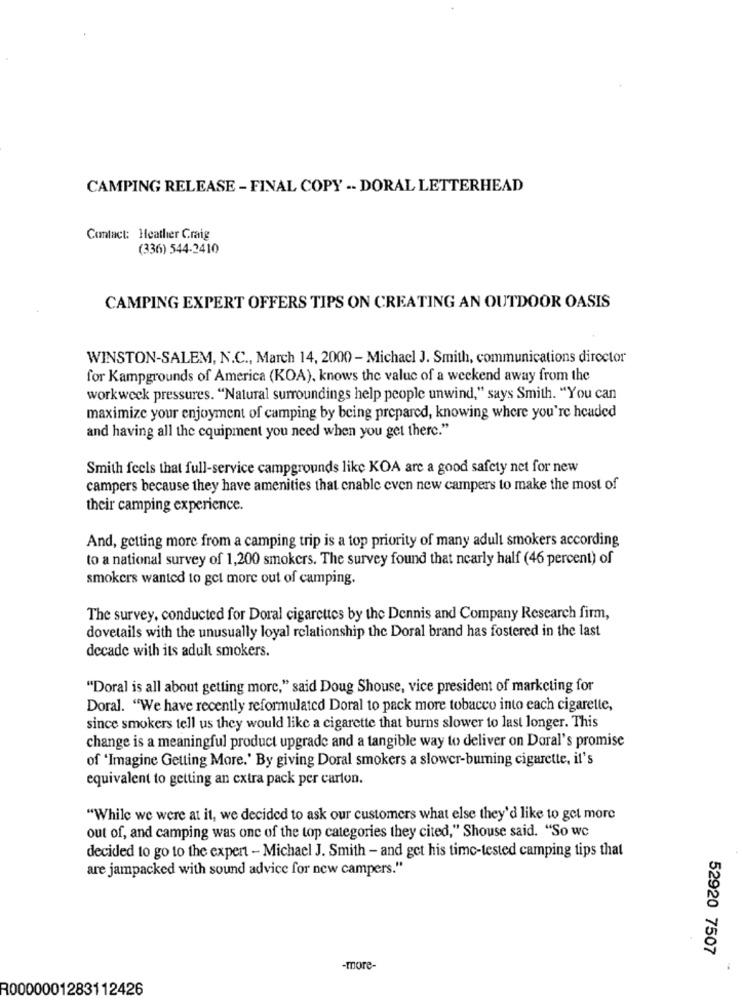
CAMPING RELEASE - FINAL COPY -- DORAL LETTERHEAD
Contact: Heather Craig
(336) 544-2410
CAMPING EXPERT OFFERS TIPS ON CREATING AN OUTDOOR OASIS
WINSTON-SALEM, N.C ., March 14, 2000 - Michael J. Smith, communications director
for Kampgrounds of America (KOA), knows the value of a weekend away from the
workweek pressures. "Natural surroundings help people unwind," says Smith. "You can
maximize your enjoyment of camping by being prepared, knowing where you're headed
and having all the equipment you need when you get there."
Smith feels that full-service campgrounds like KOA are a good safety net for new
campers because they have amenities that enable even new campers to make the most of
their camping experience.
And, getting more from a camping trip is a top priority of many adult smokers according
to a national survey of 1,200 smokers. The survey found that nearly half (46 percent) of
smokers wanted to get more out of camping.
The survey, conducted for Doral cigarettes by the Dennis and Company Research firm,
dovetails with the unusually loyal relationship the Doral brand has fostered in the last
decade with its adult smokers.
"Doral is all about getting more," said Doug Shouse, vice president of marketing for
Doral. "We have recently reformulated Doral to pack more tobacco into each cigarette,
since smokers tell us they would like a cigarette that burns slower to last longer. This
change is a meaningful product upgrade and a tangible way to deliver on Doral's promise
of 'Imagine Getting More.' By giving Doral smokers a slower-burning cigarette, it's
equivalent to getting an extra pack per carton.
"While we were at it, we decided to ask our customers what else they'd like to get more
out of, and camping was one of the top categories they cited," Shouse said. "So wc
decided to go to the expert - Michael J. Smith - and get his time-tested camping tips that
are jampacked with sound advice for new campers."
52920 7507
-more-
R0000001283112426